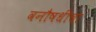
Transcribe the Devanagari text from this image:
वनौषधींचा